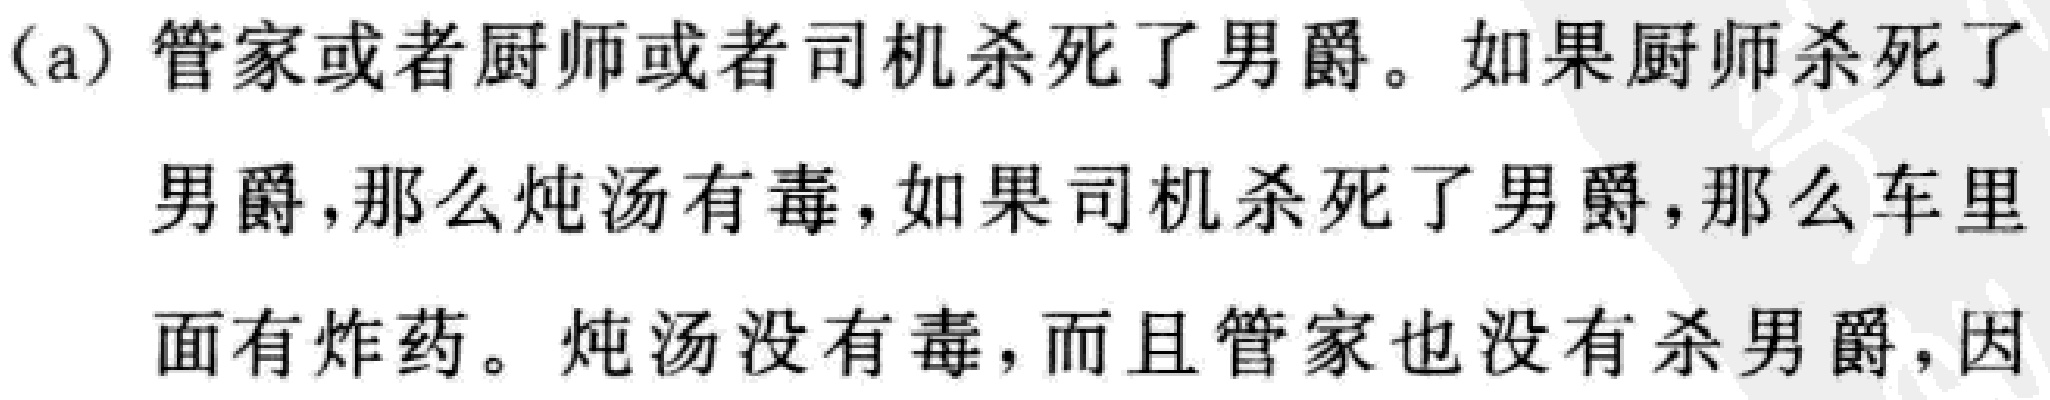
(a) 管家或者厨师或者司机杀死了男爵。如果厨师杀死了男爵，那么炖汤有毒，如果司机杀死了男爵，那么车里面有炸药。炖汤没有毒，而且管家也没有杀男爵，因